Indian journal of veterinary science and animal husbandry - Volume 12,
Year: 1942
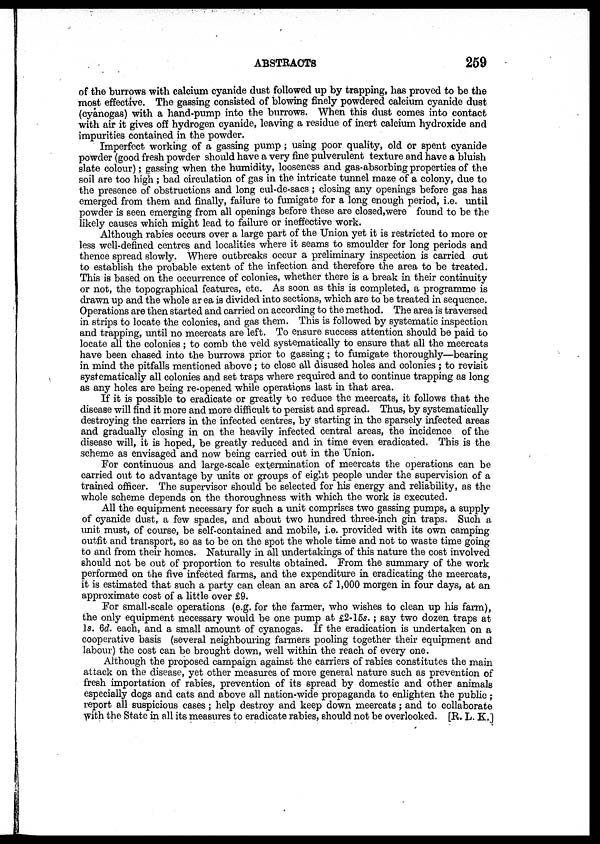
ABSTRACTS
259
of the burrows with calcium cyanide dust followed up by trapping, has proved to be the
most effective. The gassing consisted of blowing finely powdered calcium cyanide dust
(cyanogas) with a hand-pump into the burrows. When this dust comes into contact
with air it gives off hydrogen cyanide, leaving a residue of inert calcium hydroxide and
impurities contained in the powder.
Imperfect working of a gassing pump; using poor quality, old or spent cyanide
powder (good fresh powder should have a very fine pulverulent texture and have a bluish
slate colour); gassing when the humidity, looseness and gas-absorbing properties of the
soil are too high ; bad circulation of gas in the intricate tunnel maze of a colony, due to
the presence of obstructions and long cul-de-sacs; closing any openings before gas has
emerged from them and finally, failure to fumigate for a long enough period, i.e. until
powder is seen emerging from all openings before these are closed,were found to be the
likely causes which might lead to failure or ineffective work.
Although rabies occurs over a large part of the Union yet it is restricted to more or
less well-defined centres and localities where it seams to smoulder for long periods and
thence spread slowly. Where outbreaks occur a preliminary inspection is carried out
to establish the probable extent of the infection and therefore the area to be treated.
This is based on the occurrence of colonies, whether there is a break in their continuity
or not, the topographical features, etc. As soon as this is completed, a programme is
drawn up and the whole area is divided into sections, which are to be treated in sequence.
Operations are then started and carried on according to the method. The area is traversed
in strips to locate the colonies, and gas them. This is followed by systematic inspection
and trapping, until no meercats are left. To ensure success attention should be paid to
locate all the colonies ; to comb the veld systematically to ensure that all the meercats
have been chased into the burrows prior to gassing; to fumigate thoroughly—bearing
in mind the pitfalls mentioned above ; to close all disused holes and colonies ; to revisit
systematically all colonies and set traps where required and to continue trapping as long
as any holes are being re-opened while operations last in that area.
If it is possible to eradicate or greatly to reduce the meercats, it follows that the
disease will find it more and more difficult to persist and spread. Thus, by systematically
destroying the carriers in the infected centres, by starting in the sparsely infected areas
and gradually closing in on the heavily infected central areas, the incidence of the
disease will, it is hoped, be greatly reduced and in time even eradicated. This is the
scheme as envisaged and now being carried out in the Union.
For continuous and large-scale extermination of meercats the operations can be
carried out to advantage by units or groups of eight people under the supervision of a
trained officer. The supervisor should be selected for his energy and reliability, as the
whole scheme depends on the thoroughness with which the work is executed.
All the equipment necessary for such a unit comprises two gassing pumps, a supply
of cyanide dust, a few spades, and about two hundred three-inch gin traps. Such a
unit must, of course, be self-contained and mobile, i.e. provided with its own camping
outfit and transport, so as to be on the spot the whole time and not to waste time going
to and from their homes. Naturally in all undertakings of this nature the cost involved
should not be out of proportion to results obtained. From the summary of the work
performed on the five infected farms, and the expenditure in eradicating the meercats,
it is estimated that such a party can clean an area of 1,000 morgen in four days, at an
approximate cost of a little over £9.
For small-scale operations (e.g. for the farmer, who wishes to clean up his farm),
the only equipment necessary would be one pump at £2-15s.; say two dozen traps at
1s. 6d. each, and a small amount of cyanogas. If the eradication is undertaken on a
cooperative basis (several neighbouring farmers pooling together their equipment and
labour) the cost can be brought down, well within the reach of every one.
Although the proposed campaign against the carriers of rabies constitutes the main
attack on the disease, yet other measures of more general nature such as prevention of
fresh importation of rabies, prevention of its spread by domestic and other animals
especially dogs and cats and above all nation-wide propaganda to enlighten the public ;
report all suspicious cases; help destroy and keep down meercats; and to collaborate
with the State in all its measures to eradicate rabies, should not be overlooked. [R. L. K.]